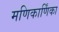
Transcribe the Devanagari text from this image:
मणिकार्णिंका